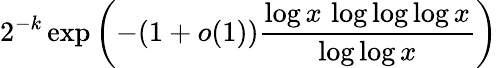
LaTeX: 2^{-k}\exp\left(-(1+o(1)){\frac{\log x\, \log\log\log x}{\log\log x}}\right)